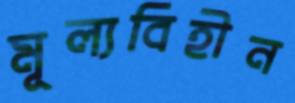
মূল্যবিহীন